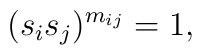
(s_{i}s_{j})^{m_{ij}} = 1,